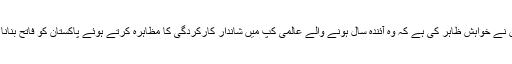
محمد عرفان نے خواہش ظاہر کی ہے کہ وہ آئندہ سال ہونے والے عالمی کپ میں شاندار کارکردگی کا مظاہرہ کرتے ہوئے پاکستان کو فاتح بنانا چاہتے ہیں۔